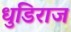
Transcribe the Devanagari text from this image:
धुडिराज